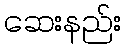
ဆေးနည်း